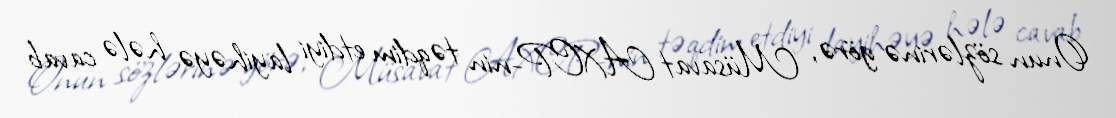
Onun sözlərinə görə, Müsavat AXCP-nin təqdim etdiyi layihəyə hələ cavab